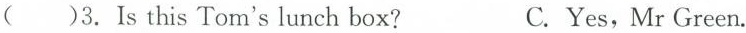
( )3.Is this Tom's lunch box? C.Yes,Mr Green.